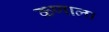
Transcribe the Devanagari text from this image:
कणाला